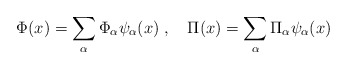
\begin{align*}\Phi(x)=\sum_\alpha \Phi_\alpha \psi_\alpha(x) \; ,\quad\Pi(x)=\sum_\alpha \Pi_\alpha \psi_\alpha(x)\end{align*}